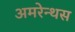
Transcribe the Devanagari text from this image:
अमरेन्थस